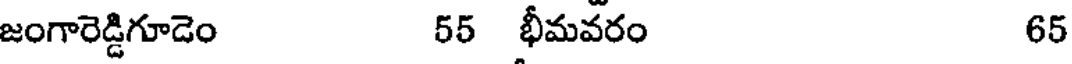
జంగారెడ్డిగూడెం 55 భీమవరం 65